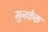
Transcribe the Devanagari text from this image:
मुनकेक